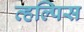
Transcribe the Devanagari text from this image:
व्हल्पिस